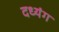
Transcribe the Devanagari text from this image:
दध्यंग